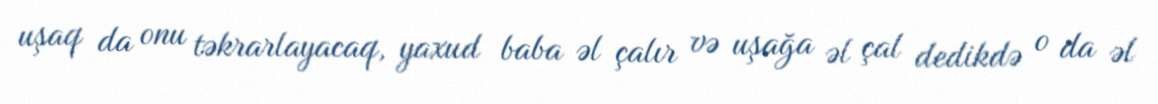
uşaq da onu təkrarlayacaq, yaxud baba əl çalır və uşağa əl çal dedikdə o da əl